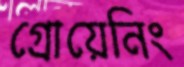
গ্রোয়েনিং